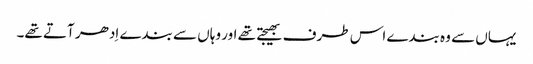
یہاں سے وہ بندے اس طرف بھیجتے تھے اور وہاں سے بندے اِدھر آتے تھے۔